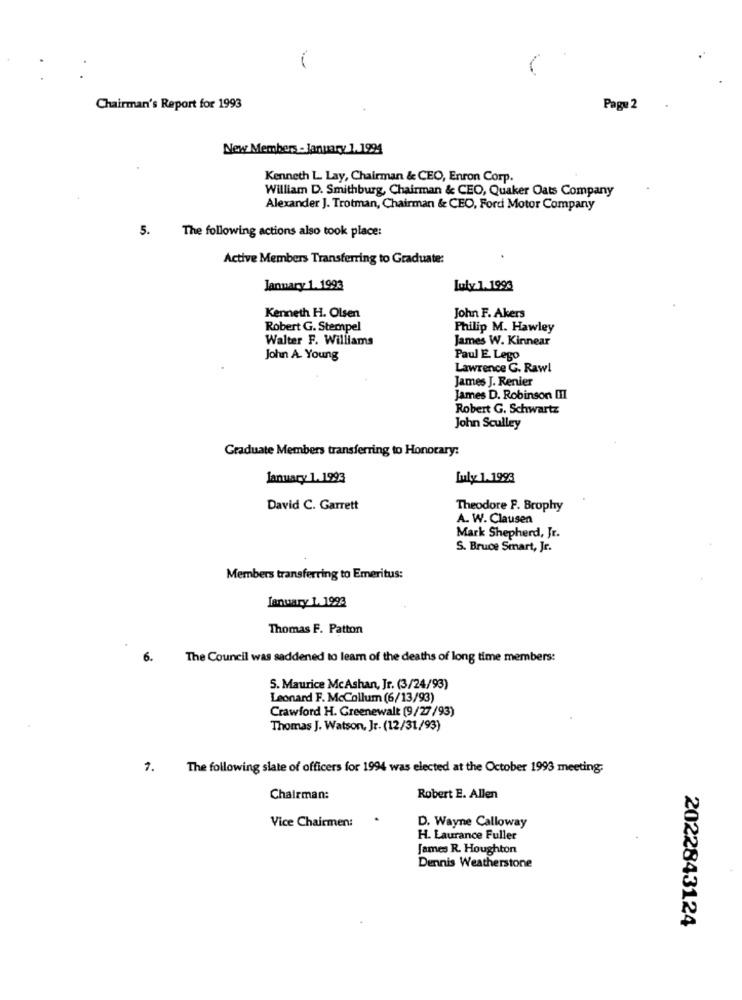
Chairman's Report for 1993
Pagu 2
New Members - January 1.1994
Kenneth L. Lay, Chairman & CEO, Enron Corp.
William D. Smithburg, Chairman & CEO, Quaker Oats Company
Alexander J. Trotman, Chairman & CEO, Ford Motor Company
The following actions also took place:
5.
Active Members Transferring to Graduate:
January 1.1993
July 1. 1993
John F. Akers
Kenneth H. Olsen
Robert G. Stempel
Philip M. Hawley
Walter F. Williams
James W. Kinnear
John A. Young
Paul E. Lego
Lawrence C. Raw!
James J. Renier
James D. Robinson III
Robert G. Schwartz
John Sculley
Graduate Members transferring to Honorary:
January 1.1993
[uly 1.1993
David C. Garrett
Theodore F. Brophy
A. W. Clausen
Mark Shepherd, Jr.
S. Bruce Smart, Jr.
Members transferring to Emeritus:
January 1. 1993
Thomas F. Patton
6.
The Council was saddened to learn of the deaths of long time members:
S. Maurice McAshan, Jr. (3/24/93)
Leonard F. McCollum (6/13/93)
Crawford H. Greenewalt (9/27/93)
Thomas J. Watson, Jr. (12/31/93)
7. The following slate of officers for 1994 was elected at the October 1993 meeting;
Chairman:
Robert E. Allen
Vice Chairmen:
D. Wayne Calloway
H. Laurance Fuller
James R. Houghton
Dennis Weatherstone
2022843124